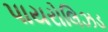
પાયરોલિઝડ